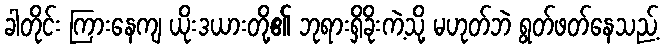
ခါတိုင်း ကြားနေကျ ယိုးဒယားတို့၏ ဘုရားရှိခိုးကဲ့သို့ မဟုတ်ဘဲ ရွတ်ဖတ်နေသည့်